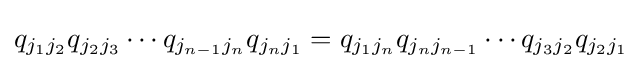
q_{j_{1}j_{2}}q_{j_{2}j_{3}}\cdots q_{j_{n-1}j_{n}}q_{j_{n}j_{1}}=q_{j_{1}j_{n}}q_{j_{n}j_{n-1}}\cdots q_{j_{3}j_{2}}q_{j_{2}j_{1}}